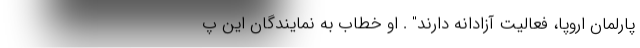
پارلمان اروپا، فعالیت آزادانه دارند" . او خطاب به نمایندگان این پ